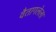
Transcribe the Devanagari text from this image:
वैतागलेला